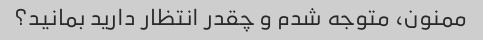
ممنون، متوجه شدم و چقدر انتظار دارید بمانید؟